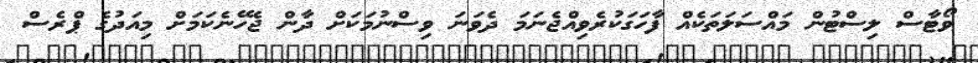
ވޯޓާސް ލިސްޓުން މައްސަލަތަކެއް ފާހަގަކުރެވިއްޖެނަމަ ދެވަނަ ވިސްނުމަކަށް ދާން ޖެހޭނެކަމަށް މިއަދުގެ ޕްރެސް